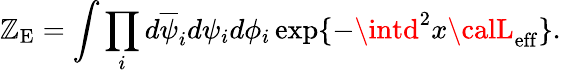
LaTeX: \mathbb{Z}_{\mathrm{{E}}}=\int\prod_{i}d\overline{{{{\psi}}}}_{i}d\psi_{i}d\phi_{i}\exp\{ -\intd^{2}x{\calL}_{\mathrm{{eff}}}\} .